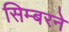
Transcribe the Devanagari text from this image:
सिम्बरने